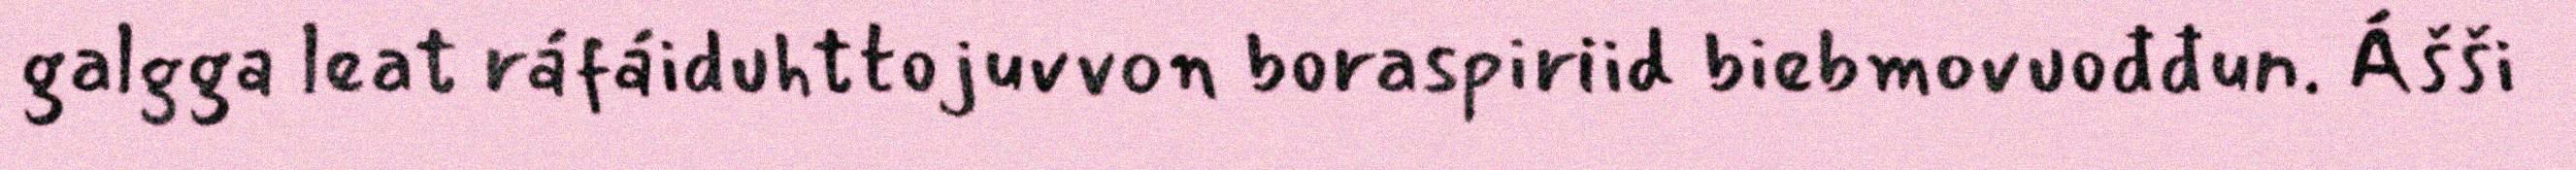
galgga leat ráfáiduhttojuvvon boraspiriid biebmovuođđun. Ášši